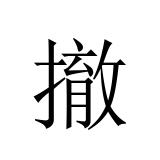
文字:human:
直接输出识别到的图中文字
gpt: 撤